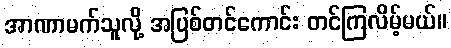
အာဏာမက်သူလို့ အပြစ်တင်ကောင်း တင်ကြလိမ့်မယ်။